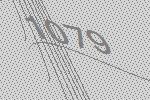
1079